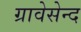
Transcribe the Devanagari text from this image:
ग्रावेसेन्द